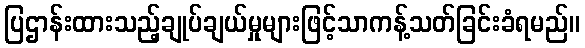
ပြဌာန်းထားသည့်ချုပ်ချယ်မှုများဖြင့်သာကန့်သတ်ခြင်းခံရမည်။